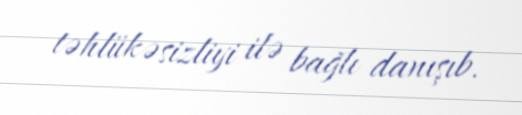
təhlükəsizliyi ilə bağlı danışıb.